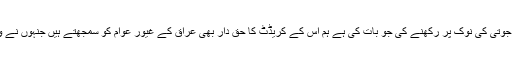
اس سے آگے بڑھ کر ہمارے وفاقی وزیر اطلاعات شیخ رشید احمد نے امریکی پابندیوں کو جوتی کی نوک پر رکھنے کی جو بات کی ہے ہم اس کے کریڈٹ کا حق دار بھی عراق کے غیور عوام کو سمجھتے ہیں جنہوں نے وقت کے سب سے بڑے فرعون کے سامنے سینہ تان کر بے زبانوں کو زبان بخش دی ہے۔